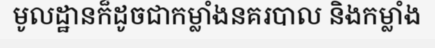
មូលដ្ឋានក៏ដូចជាកម្លាំងនគរបាល និងកម្លាំង